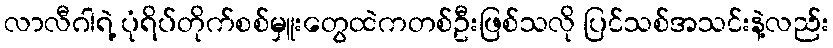
လာလီဂါရဲ့ ပုံရိပ်တိုက်စစ်မှူးတွေထဲကတစ်ဦးဖြစ်သလို ပြင်သစ်အသင်းနဲ့လည်း